Medical and sanitary report of the native army of Madras for the year
Year: 1872
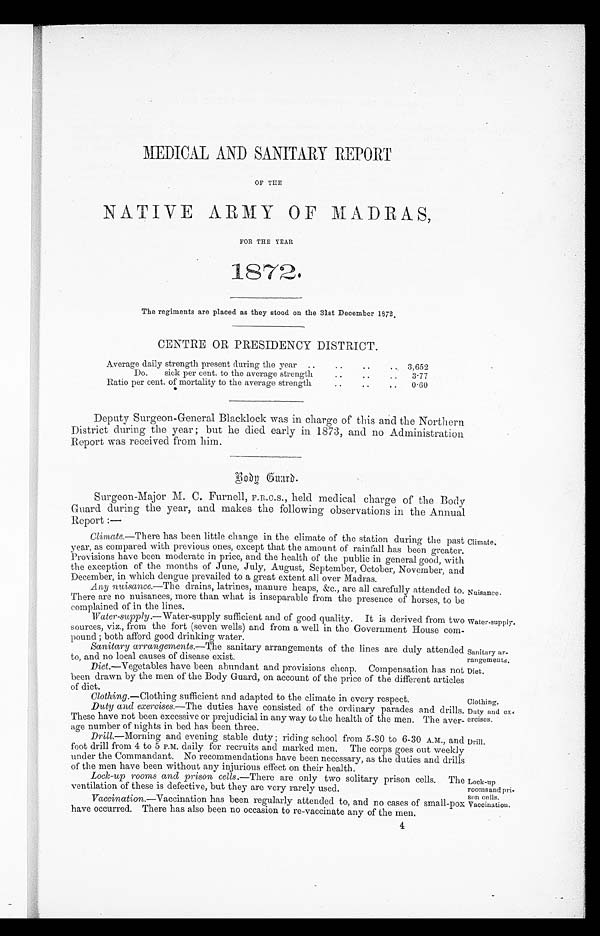
Nuisance.
Water-supply.
Sanitary ar
-rangement.
Diet.
Duty and ex
-ercises.
Drill.
Lock-up
roomsand pri
-
son cells.
Vaccination.
MEDICAL
AND SANITARY REPORT
OF THE
NATIVE ARMY OF MADRAS,
FOR THE YEAR
1872.
The regiments are placed as they stood on the 31st December 1872.
CENTRE OR PRESIDENCY DISTRICT.
Average daily strength present during the year . . .
3, 652
Do. sick per cent. to the average strength . . .
3.77
Ratio per cent. of mortality to the average strength
. . .
0.60
Deputy Surgeon-General Blacklock was in charge of this and the Northern
District during the year; but he died early in. 1873, and no Administration
Report was received from him.
Surgeon-Major M. C. Furnell, F.R.C.S., held medical charge of the Body
Guard during the year, and makes the following observations in the Annual
Report :—
Climate. —There has been little change in the climate of the station during the past
year, as compared with previous ones, except that the amount of rainfall has been greater.
Provisions have been moderate in price, and the health of the public in general good, with
the exception of the months of June, July, August, September, October, November, and
December in which dengue prevailed to a great extent all over Madras.
Any nuisance. —The drains, latrines, manure heaps, &c., are all carefully attended to.
There are no nuisances, more than what is inseparable from the presence of horses, to be
complained of in the lines.
Water-supply .—Water-supply sufficient and of good quality. It is derived from two
sources, viz., from the fort (seven wells) and from a well in the Government House com
-pound; both afford good drinking water.
Sanitary arrangements. —The sanitary arrangements of the lines are duly attended
to,
and no local causes of disease exist.
Diet. —Vegetables have been abundant and provisions cheap. Compensation has not
been drawn by the men of the Body Guard, on account of the price of the different articles
of diet.
Climate.
Clothing. —Clothing sufficient and adapted to the climate in every respect.
Clothing.
Duty and exercises. —The duties have consisted of the ordinary parades and drills.
These have not been excessive or prejudicial in any way to the health of the men. The aver
-age number of nights in bed has been three.
Drill. —Morning and evening stable duty; riding school from 5-30 to 6-30 A.M., and
foot drill from 4 to 5 P.M. daily for recruits and marked men. The corps goes out weekly
under the Commandant. No recommendations have been necessary, as the duties and drills
of the men have been without any injurious effect on their health.
Lock-up rooms and prison cells. —There are only two solitary prison cells. The
ventilation of these is defective, but they are very rarely used.
Vaccination. —Vaccination has been regularly attended to, and no cases of small-pox
have occurred. There has also been no occasion to re-vaccinate any of the men.
4